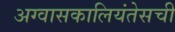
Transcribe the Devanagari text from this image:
अग्वासकालियंतेसची